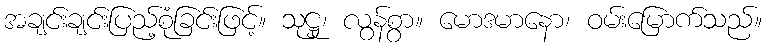
အချင်းချင်းပြည့်စုံခြင်းဖြင့်။ သုဋ္ဌု၊ လွန်စွာ။ မောဒမာနော၊ ဝမ်းမြောက်သည်။